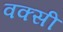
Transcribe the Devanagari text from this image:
वक्सी